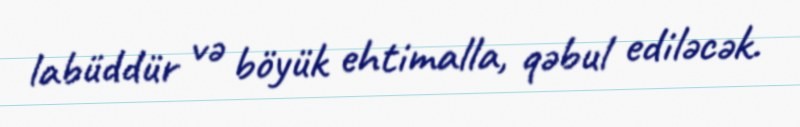
labüddür və böyük ehtimalla, qəbul ediləcək.